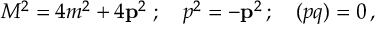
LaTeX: M ^ { 2 } = 4 m ^ { 2 } + 4 { \bf p } ^ { 2 } \; ; \quad p ^ { 2 } = - { \bf p } ^ { 2 } \, ; \quad ( p q ) = 0 \, ,